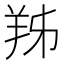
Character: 𦍜